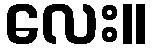
လေး။